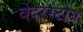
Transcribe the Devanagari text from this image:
वेदरस्‍टोन